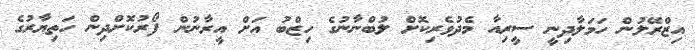
އިޒްރޭލުން ހަމަލާދިނީ ސީރިއާ މެދުވެރިކޮށް ލުބްނާނުގެ ހިޒްބު އަށް އީރާނުން ފޯރުކޮށްދިން ހަތިޔާރުގެ